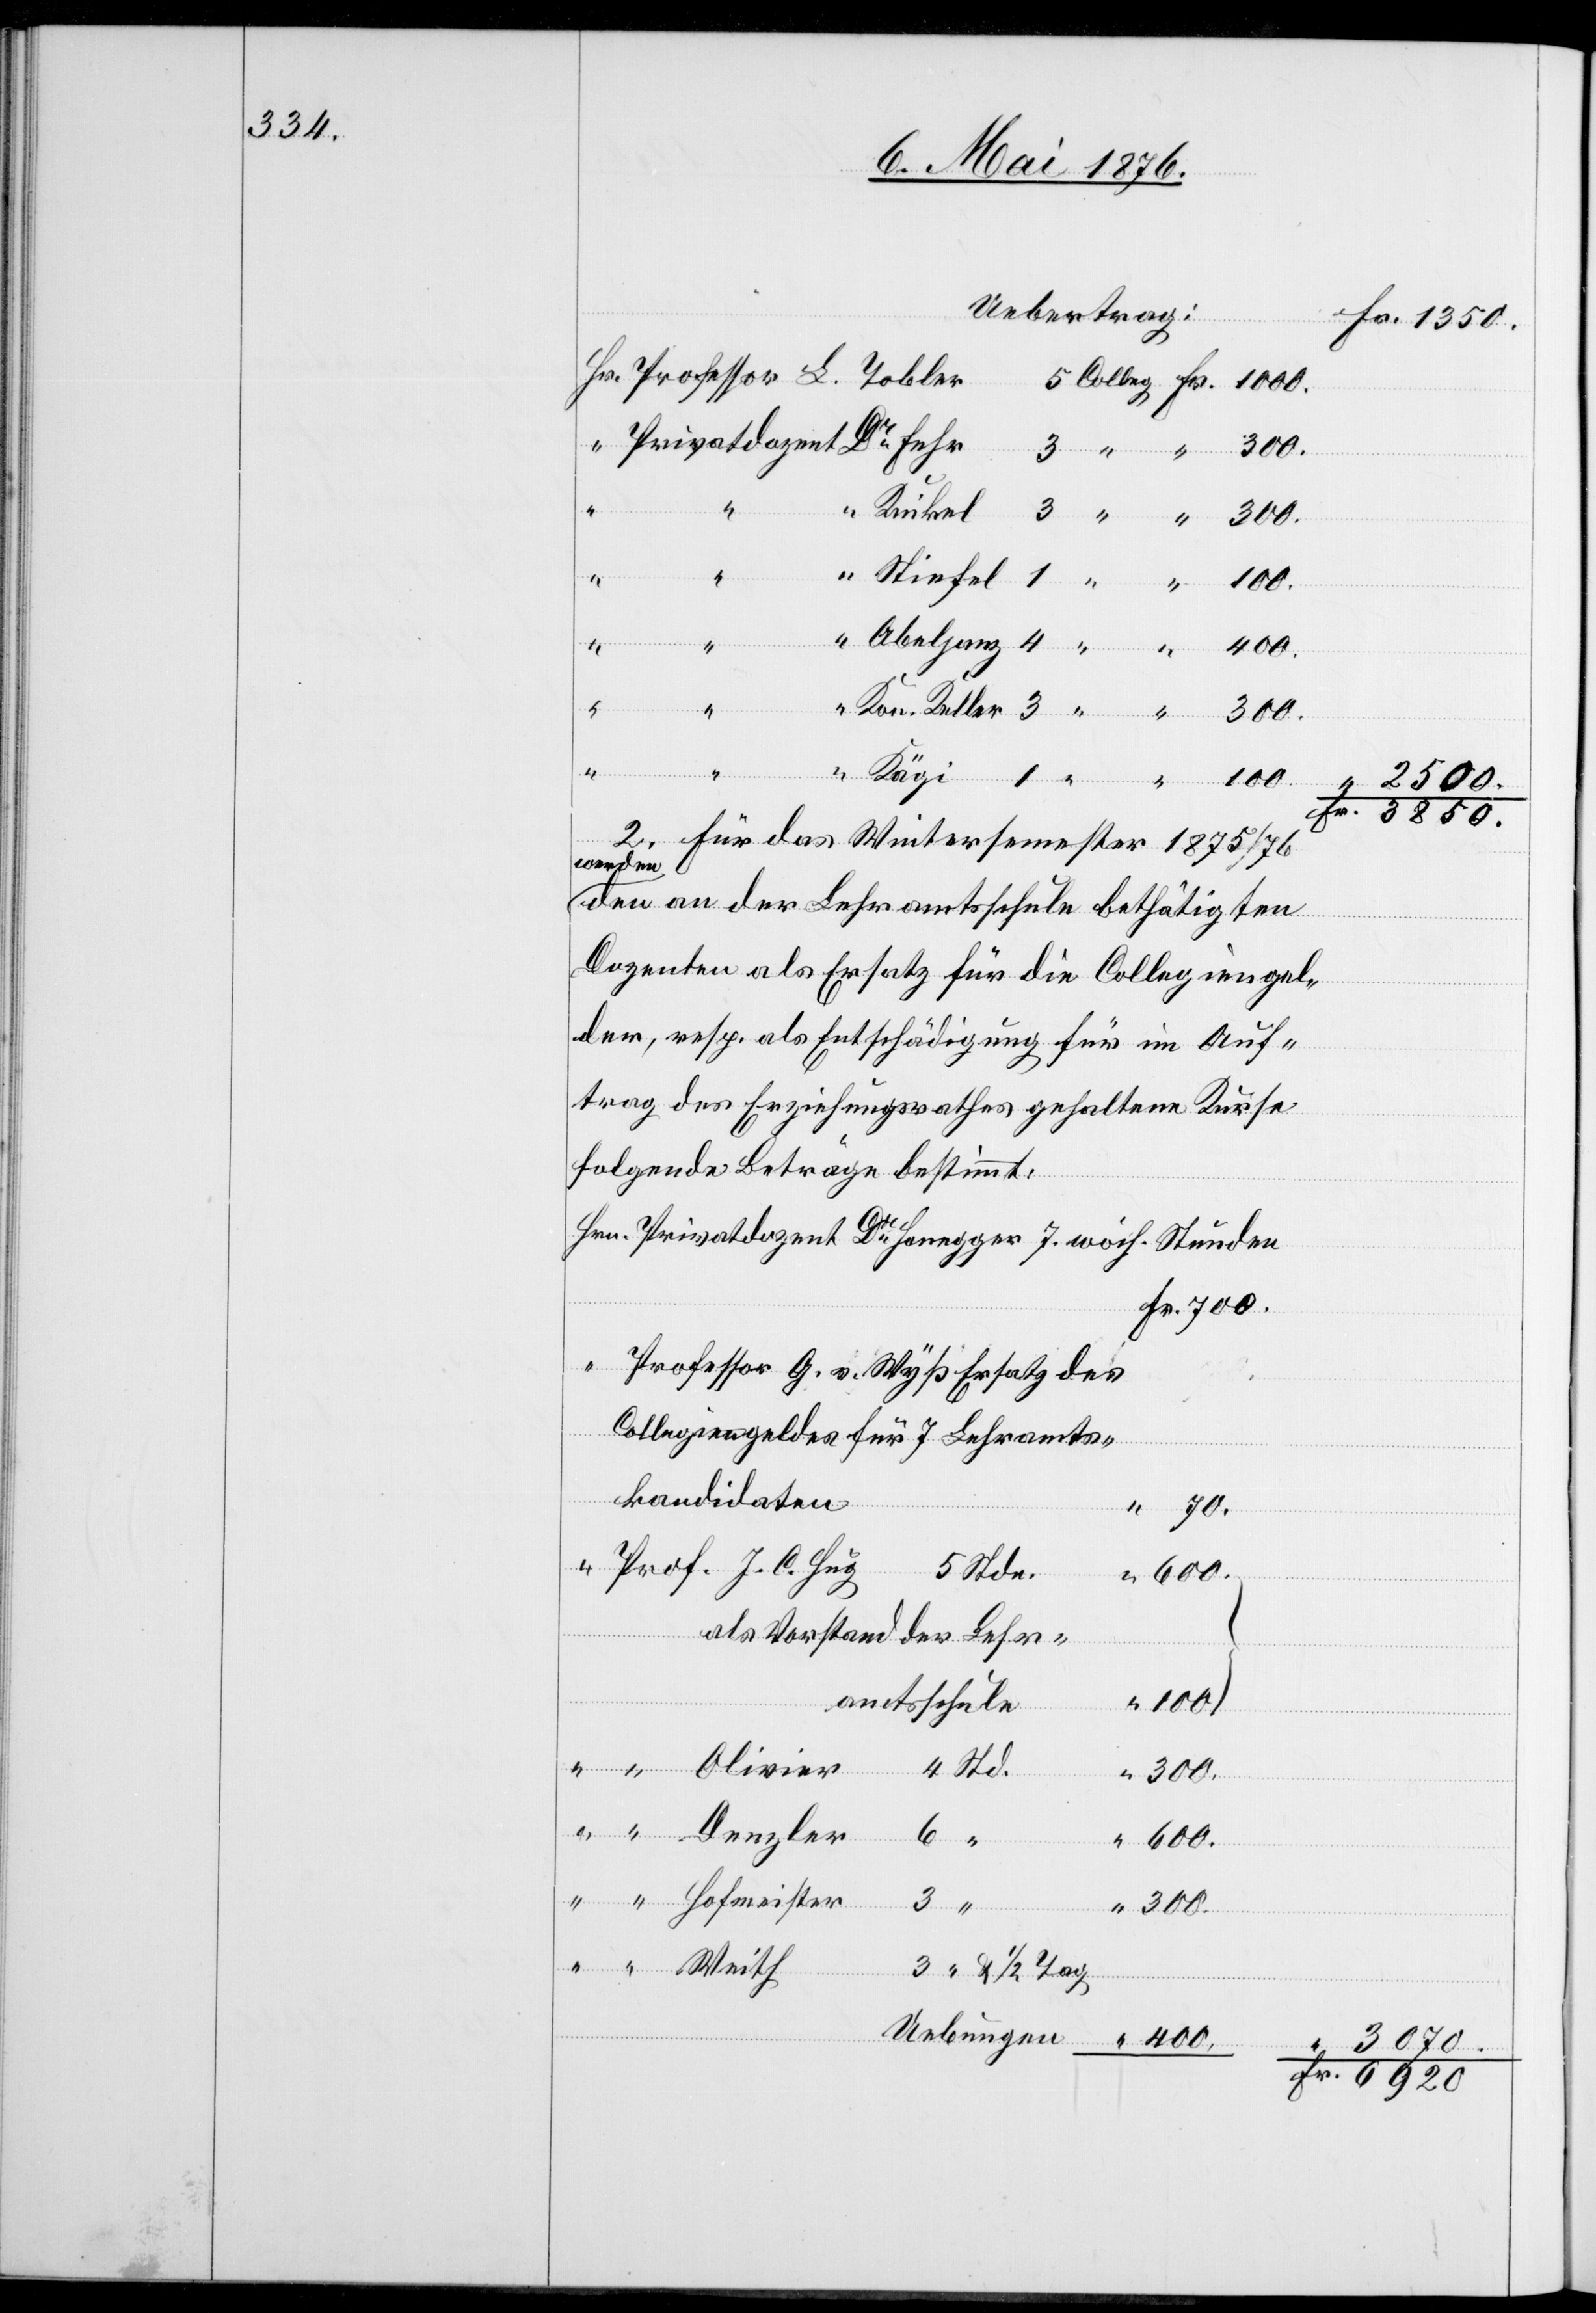
C.
“
Hofmeister
Fr. 3850.
2. Für das Wintersemester 1875/76
werden
den an der Lehramtsschule bethätigten
Dozenten als Ersatz für die Collegiengel¬
der, resp. als Entschädigung für im Auf¬
trag des Erziehungsrathes gehaltene Kurse
folgende Beträge bestimmt.
Uebun¬
Collegiengeldes für 7 Lehramts¬
kandidaten
Fr.
als Vorstand der Lehr¬
amtsschule
400
“
Std.
300.
600.
“ & 1/2 Tag
3070.